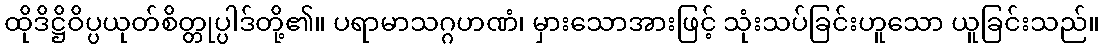
ထိုဒိဋ္ဌိဝိပ္ပယုတ်စိတ္တုပ္ပါဒ်တို့၏။ ပရာမာသဂ္ဂဟဏံ၊ မှားသောအားဖြင့် သုံးသပ်ခြင်းဟူသော ယူခြင်းသည်။